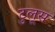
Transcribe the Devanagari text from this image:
टुलूस